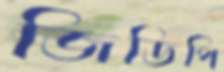
জিডিপি